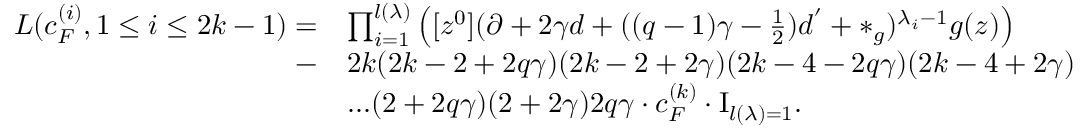
\begin{array} { r l } { L ( c _ { F } ^ { ( i ) } , 1 \le i \le 2 k - 1 ) = } & { \prod _ { i = 1 } ^ { l ( \lambda ) } \left( [ z ^ { 0 } ] ( \partial + 2 \gamma d + ( ( q - 1 ) \gamma - \frac { 1 } { 2 } ) d ^ { ' } + * _ { g } ) ^ { \lambda _ { i } - 1 } g ( z ) \right) } \\ { - } & { 2 k ( 2 k - 2 + 2 q \gamma ) ( 2 k - 2 + 2 \gamma ) ( 2 k - 4 - 2 q \gamma ) ( 2 k - 4 + 2 \gamma ) } \\ & { . . . ( 2 + 2 q \gamma ) ( 2 + 2 \gamma ) 2 q \gamma \cdot c _ { F } ^ { ( k ) } \cdot \mathrm { I } _ { l ( \lambda ) = 1 } . } \end{array}